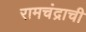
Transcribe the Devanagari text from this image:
रामचंद्राची